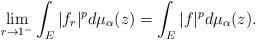
LaTeX: \begin{align*}\lim_{r\to 1^{-}} \int_{E}|f_r|^pd\mu_\alpha(z)= \int_{E}|f|^pd\mu_\alpha(z).\end{align*}